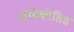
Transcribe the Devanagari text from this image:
अधिकीलित